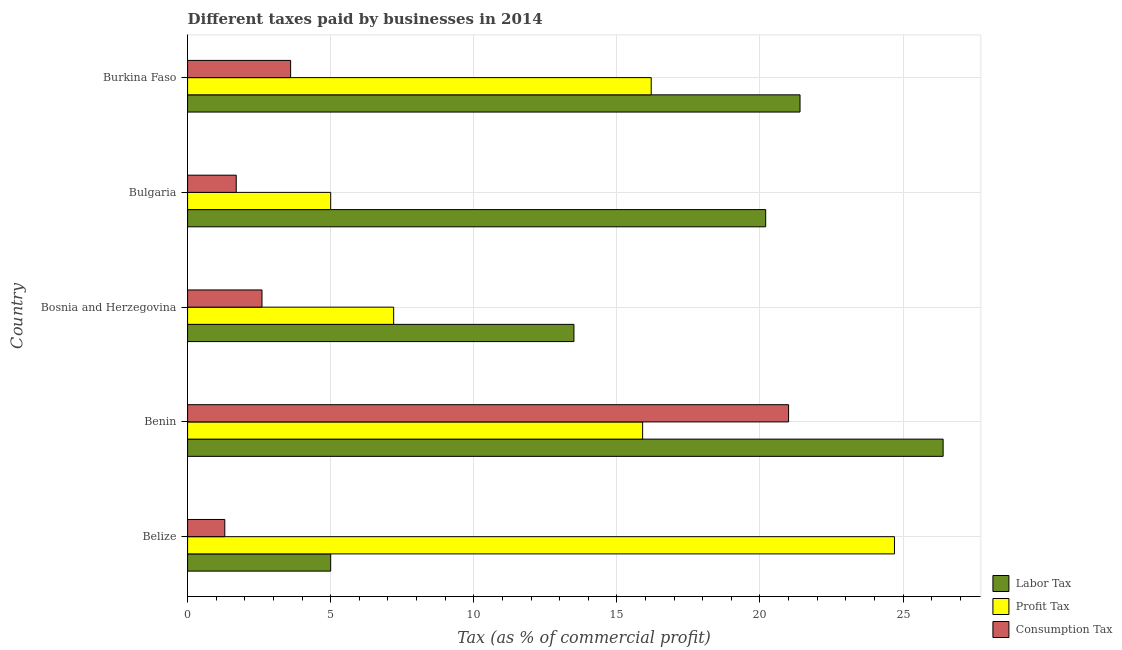
| Country | Labor Tax | Profit Tax | Consumption Tax |
 | --- | --- | --- | --- |
 | Belize | 5 | 24.7 | 1.3 |
 | Benin | 26.4 | 15.9 | 21 |
 | Bosnia and Herzegovina | 13.5 | 7.2 | 2.6 |
 | Bulgaria | 20.2 | 5 | 1.7 |
 | Burkina Faso | 21.4 | 16.2 | 3.6 |